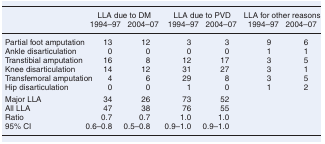
<table><thead><tr><td></td><td colspan="2"><b>LLA due to DM</b></td><td colspan="2"><b>LLA due to PVD</b></td><td colspan="2"><b>LLA for other reasons</b></td></tr><tr><td></td><td><b>1994–97</b></td><td><b>2004–07</b></td><td><b>1994–97</b></td><td><b>2004–07</b></td><td><b>1994–97</b></td><td><b>2004–07</b></td></tr></thead><tbody><tr><td>Partial foot amputation</td><td>13</td><td>12</td><td>3</td><td>3</td><td>9</td><td>6</td></tr><tr><td>Ankle disarticulation</td><td>0</td><td>0</td><td>0</td><td>0</td><td>1</td><td>1</td></tr><tr><td>Transtibial amputation</td><td>16</td><td>8</td><td>12</td><td>17</td><td>3</td><td>5</td></tr><tr><td>Knee disarticulation</td><td>14</td><td>12</td><td>31</td><td>27</td><td>3</td><td>1</td></tr><tr><td>Transfemoral amputation</td><td>4</td><td>6</td><td>29</td><td>8</td><td>3</td><td>5</td></tr><tr><td>Hip disarticulation</td><td>0</td><td>0</td><td>1</td><td>0</td><td>1</td><td>2</td></tr><tr><td>Major LLA</td><td>34</td><td>26</td><td>73</td><td>52</td><td></td><td></td></tr><tr><td>All LLA</td><td>47</td><td>38</td><td>76</td><td>55</td><td></td><td></td></tr><tr><td>Ratio</td><td>0.7</td><td>0.7</td><td>1.0</td><td>1.0</td><td></td><td></td></tr><tr><td>95% CI</td><td>0.6–0.8</td><td>0.5–0.8</td><td>0.9–1.0</td><td>0.9–1.0</td><td></td><td></td></tr></tbody></table>